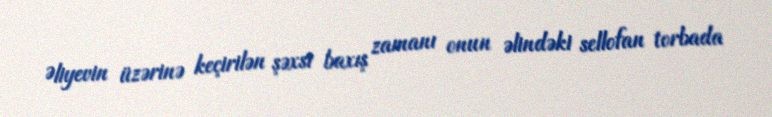
Əliyevin üzərinə keçirilən şəxsi baxış zamanı onun əlindəki sellofan torbada